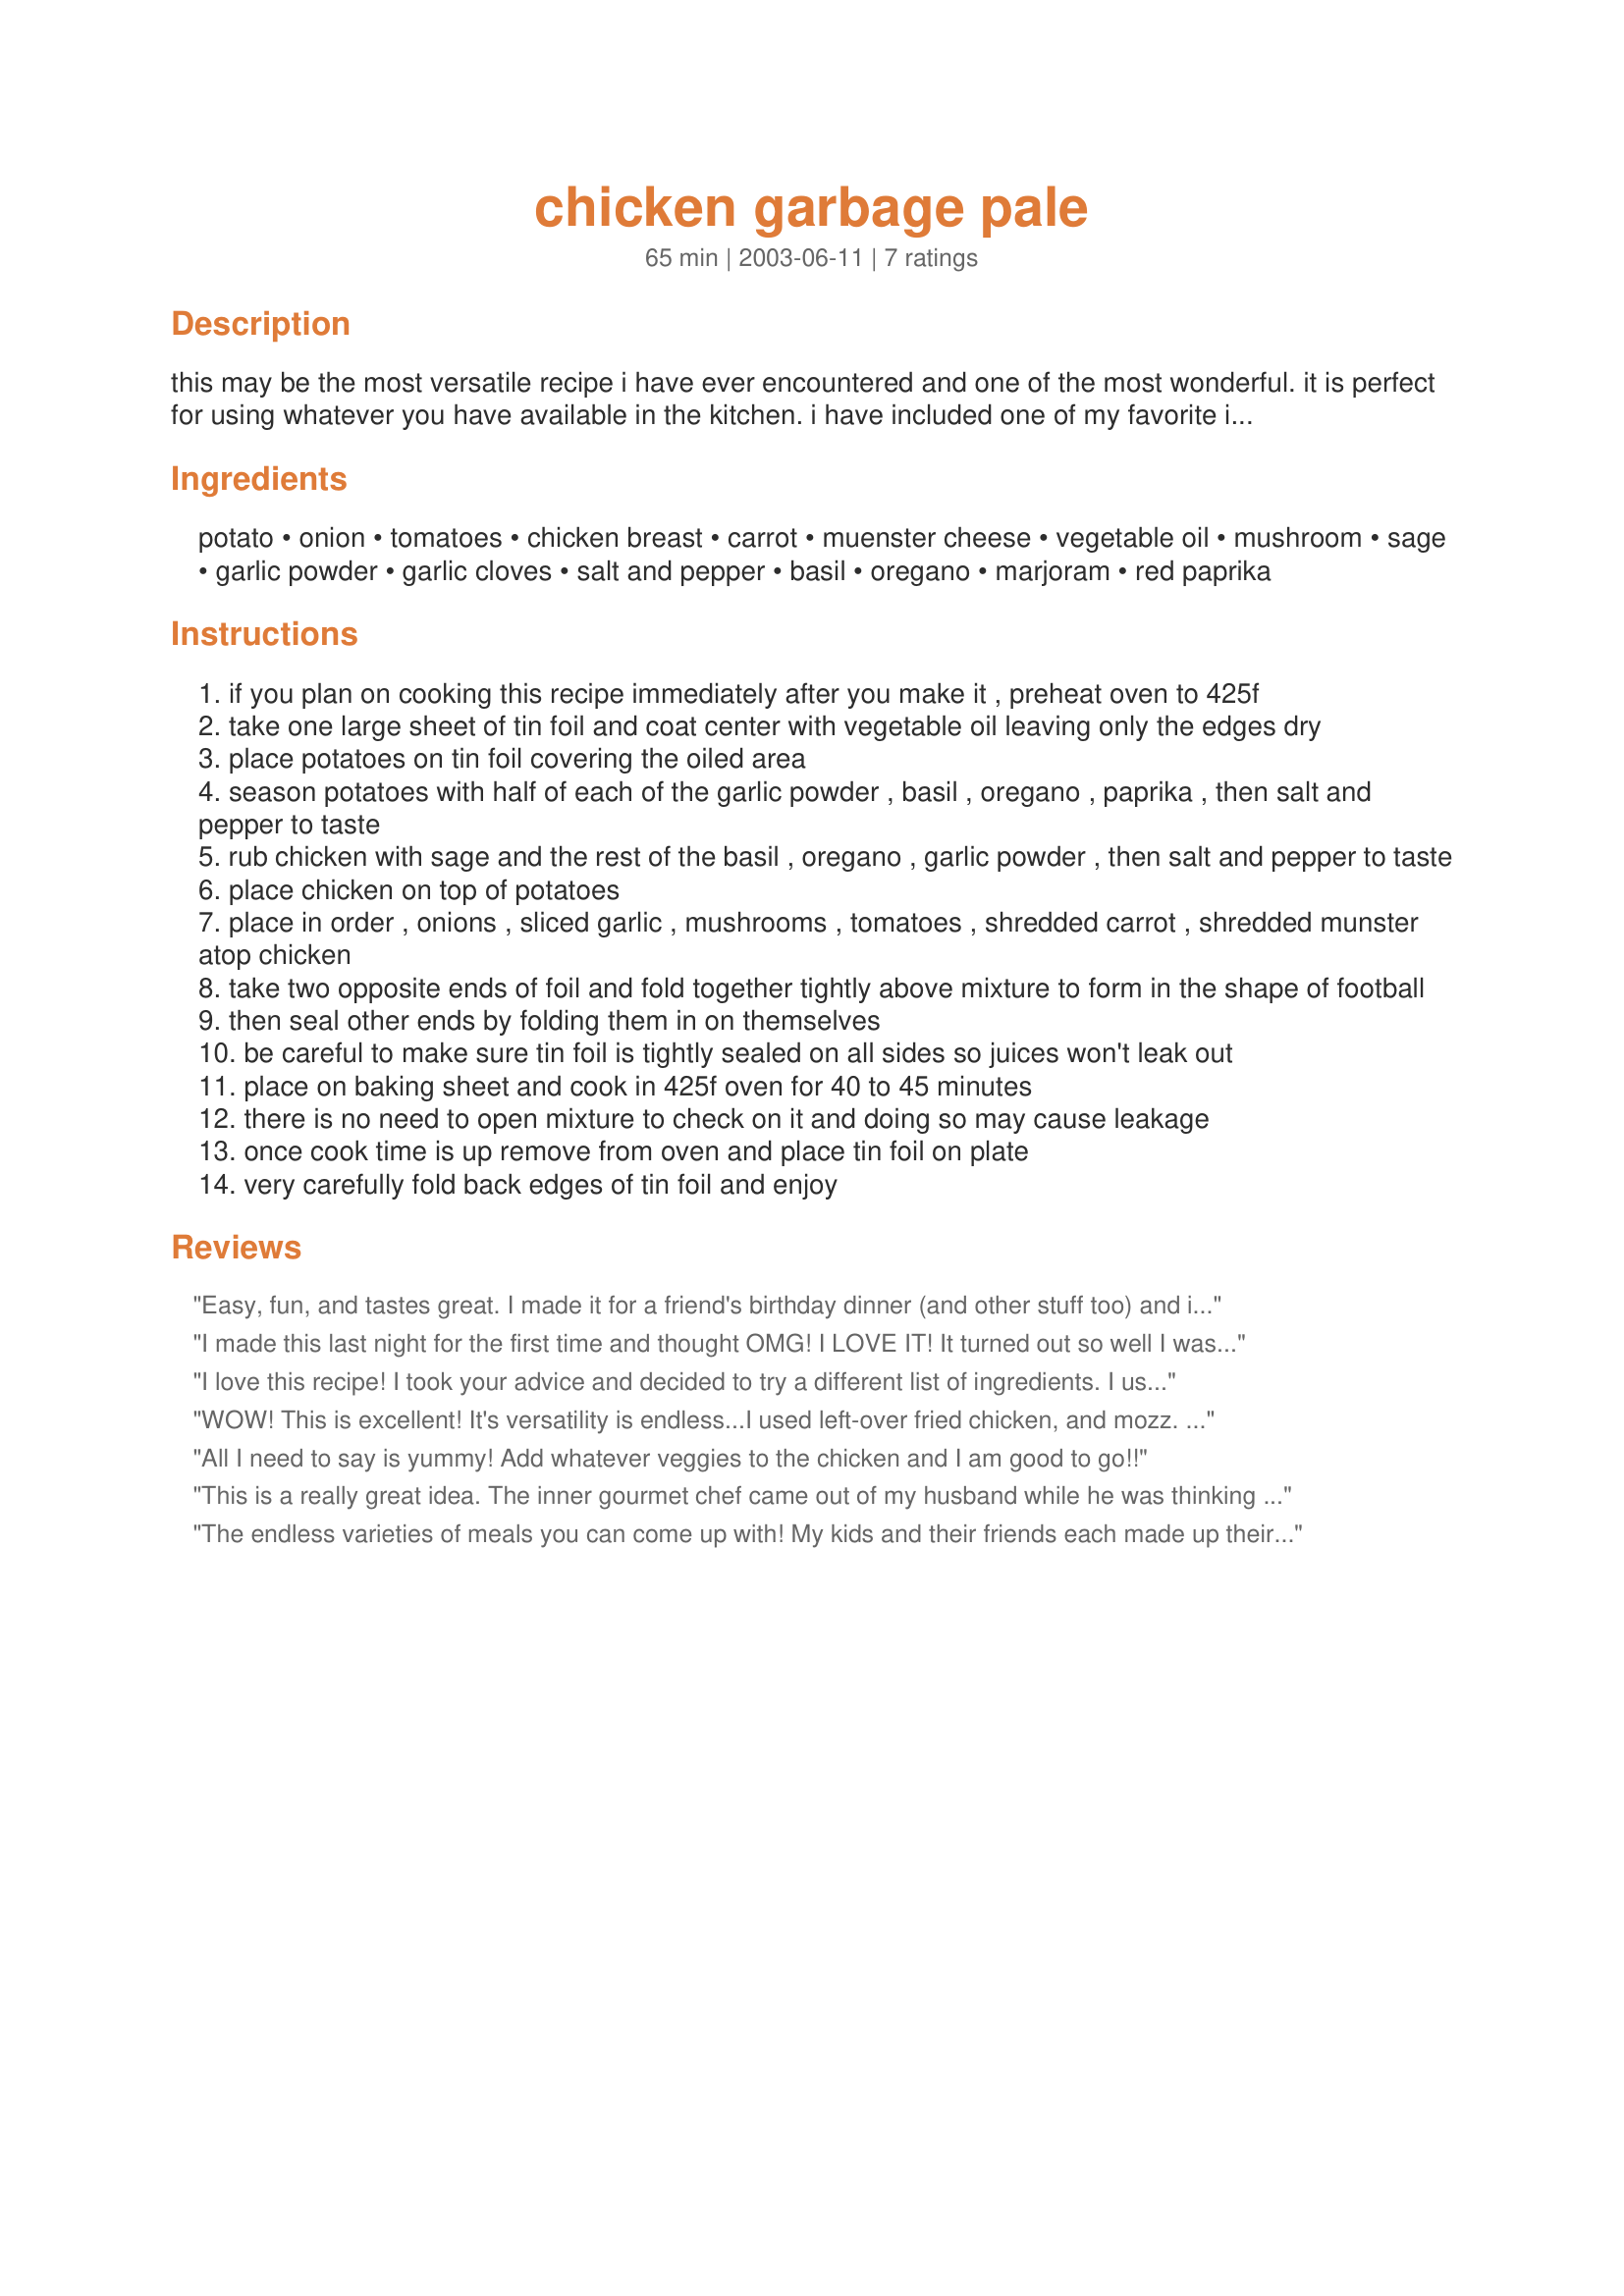
chicken garbage pale
Preparation time: 65 minutes

this may be the most versatile recipe i have ever encountered and one of the most wonderful. it is perfect for using whatever you have available in the kitchen. i have included one of my favorite ingredient lists, however you should use whatever you think you would like. you can make this dish a day ahead and store it in the fridge if you are having guests. make 1 tin foil "garbage pale" for each person. please right a review if you come up with any other great unique combination so we may all enjoy it. recipe also works great with seafood or ham.

Ingredients:
potato, onion, tomatoes, chicken breast, carrot, muenster cheese, vegetable oil, mushroom, sage, garlic powder, garlic cloves, salt and pepper, basil, oregano, marjoram, red paprika

Steps:
if you plan on cooking this recipe immediately after you make it , preheat oven to 425f
take one large sheet of tin foil and coat center with vegetable oil leaving only the edges dry
place potatoes on tin foil covering the oiled area
season potatoes with half of each of the garlic powder , basil , oregano , paprika , then salt and pepper to taste
rub chicken with sage and the rest of the basil , oregano , garlic powder , then salt and pepper to taste
place chicken on top of potatoes
place in order , onions , sliced garlic , mushrooms , tomatoes , shredded carrot , shredded munster atop chicken
take two opposite ends of foil and fold together tightly above mixture to form in the shape of football
then seal other ends by folding them in on themselves
be careful to make sure tin foil is tightly sealed on all sides so juices won't leak out
place on baking sheet and cook in 425f oven for 40 to 45 minutes
there is no need to open mixture to check on it and doing so may cause leakage
once cook time is up remove from oven and place tin foil on plate
very carefully fold back edges of tin foil and enjoy

Reviews:
Easy, fun, and tastes great. I made it for a friend's birthday dinner (and other stuff too) and it was a surprise hit. I admit to holding off on telling the name until after we'd all eaten some of it though and decided it was good lol.
I made this last night for the first time and thought OMG! I LOVE IT! It turned out so well I was pleassantly surprised! Loved it!!
I love this recipe! I took your advice and decided to try a different list of ingredients. I used only about 1/3 pound of chicken (I can't possibly eat a half pound myself) and topped it with two tomatoes, mushrooms and a combination of mozzarella and munster cheese. Then I seasoned it with lots of basil and fresh garlic and it was incredible. The chicken was SOOOO moist and all of the vegetables were cooked perfectly especially the potatoes. The whole thing tasted like a breadless pizza. This is definitely a keeper.
WOW! This is excellent! It's versatility is endless...I used left-over fried chicken, and mozz. cheese, otherwise, followed the directions...It turned out fantastic!
Tis a dandy!!
Laudee
All I need to say is yummy! Add whatever veggies to the chicken and I am good to go!!
This is a really great idea. The inner gourmet chef came out of my husband while he was thinking of combinations to use in his garbage pale. We had every spice in the cupboard out. I've never seen him so excited about cooking! He made his Italian style and even put a fresh parsley leaf off to the side. So far we've thought of *cheesy, chicken and broccoli, etc.
*Teriyaki chicken, fresh green beans, mushrooms, onion, etc.
*Fajita chicken, salsa, cheese, veggies
Like the other reviewers have mentioned, the possibilities are endless! Thanks for sharing!

The endless varieties of meals you can come up with! My kids and their friends each made up their own packets with whatever they liked on them (great for picky kids/friends). I marked each kids initials on the foil before baking so we could keep track of whose was whose.
